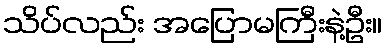
သိပ်လည်း အပြောမကြီးနဲ့ဦး။